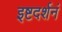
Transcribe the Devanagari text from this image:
इष्टदर्शनं